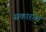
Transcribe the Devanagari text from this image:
सकारत्म